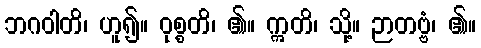
ဘဂဝါတိ၊ ဟူ၍။ ဝုစ္စတိ၊ ၏။ ဣတိ၊ သို့။ ဉာတဗ္ဗံ၊ ၏။